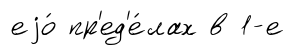
еjо́ пр'ед'е́лах в 1-е